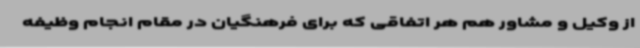
از وکیل و مشاور هم هر اتفاقی که برای فرهنگیان در مقام انجام وظیفه